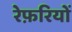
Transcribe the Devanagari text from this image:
रेफ़रियों